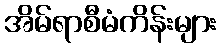
အိမ်ရာစီမံကိန်းများ